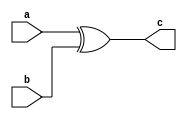
module xorgate(a,b,c);
input a,b;
output c;
assign c= a ^ b;
endmodule